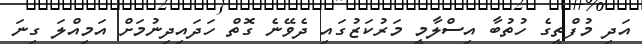
އަދި މުފްތީގެ ހުތުބާ އިސްލާމީ މަރުކަޒުގައި ދެވޭނެ ގޮތް ހަދައިދިނުމަށް އަމިއްލަ ގިނަ